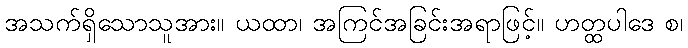
အသက်ရှိသောသူအား။ ယထာ၊ အကြင်အခြင်းအရာဖြင့်။ ဟတ္ထပါဒေ စ၊